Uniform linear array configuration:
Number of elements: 48
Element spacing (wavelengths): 1
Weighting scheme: kaiser
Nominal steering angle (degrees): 30
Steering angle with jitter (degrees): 28.322
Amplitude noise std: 0.05
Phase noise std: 0.05

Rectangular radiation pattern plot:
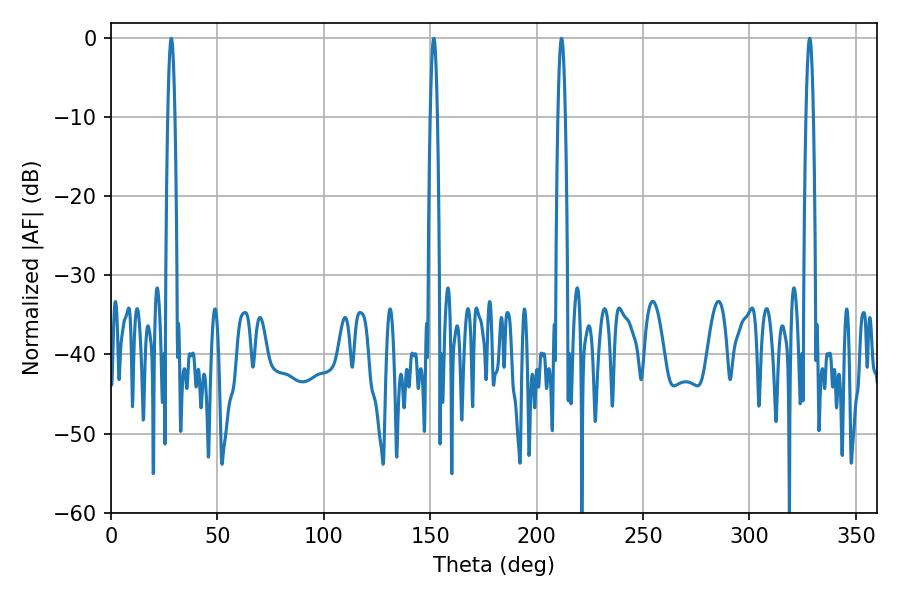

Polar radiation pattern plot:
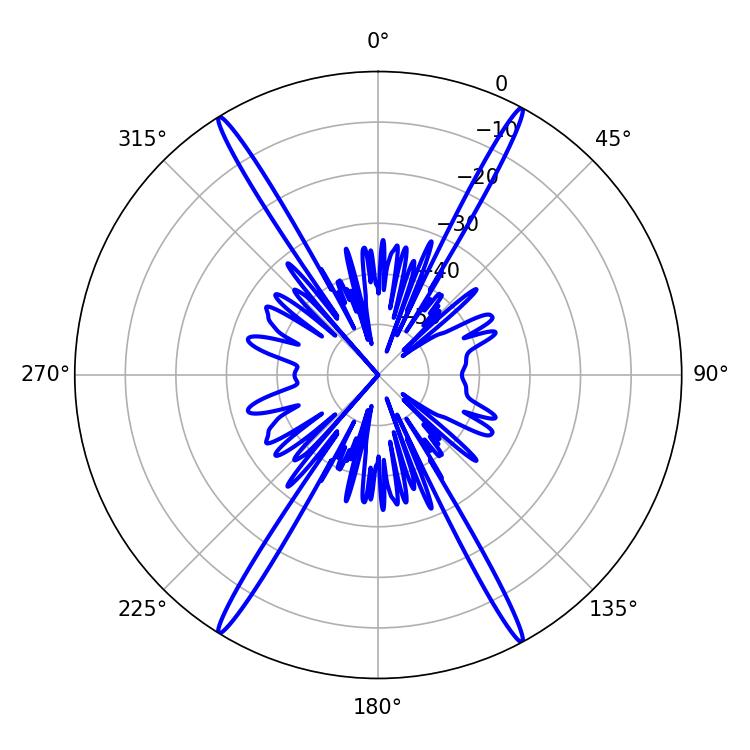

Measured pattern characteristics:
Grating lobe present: TRUE
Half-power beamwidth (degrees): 1.8
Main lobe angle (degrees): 211.68